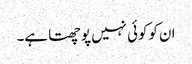
ان کوکوئی نہیں پوچھتا ہے۔